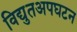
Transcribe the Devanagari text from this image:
विद्युतअपघटन